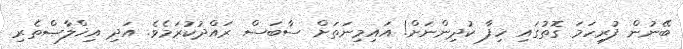
ބޭނުން ފުރިހަމަ ގޮތުގައި ހިފާ ކުދިންނަށް! އައިމިނަތަށް ސާބަސް ރައްދުކުރަމެވެ. އަދި އިޚްލާޞްތެރި